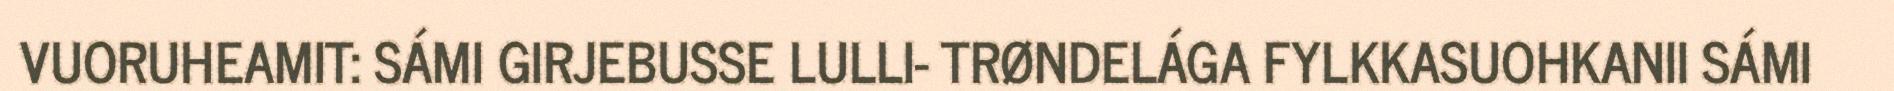
VUORUHEAMIT: SÁMI GIRJEBUSSE LULLI- TRØNDELÁGA FYLKKASUOHKANII SÁMI